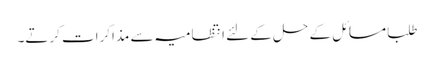
طلبا مسائل کے حل کے لئے انتظامیہ سے مذاکرات کرتے۔